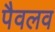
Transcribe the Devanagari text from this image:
पैवलव